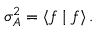
\sigma _ { A } ^ { 2 } = \langle f \mid f \rangle \, .